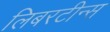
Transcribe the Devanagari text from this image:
लिबरटीन्स